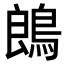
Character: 𪁜